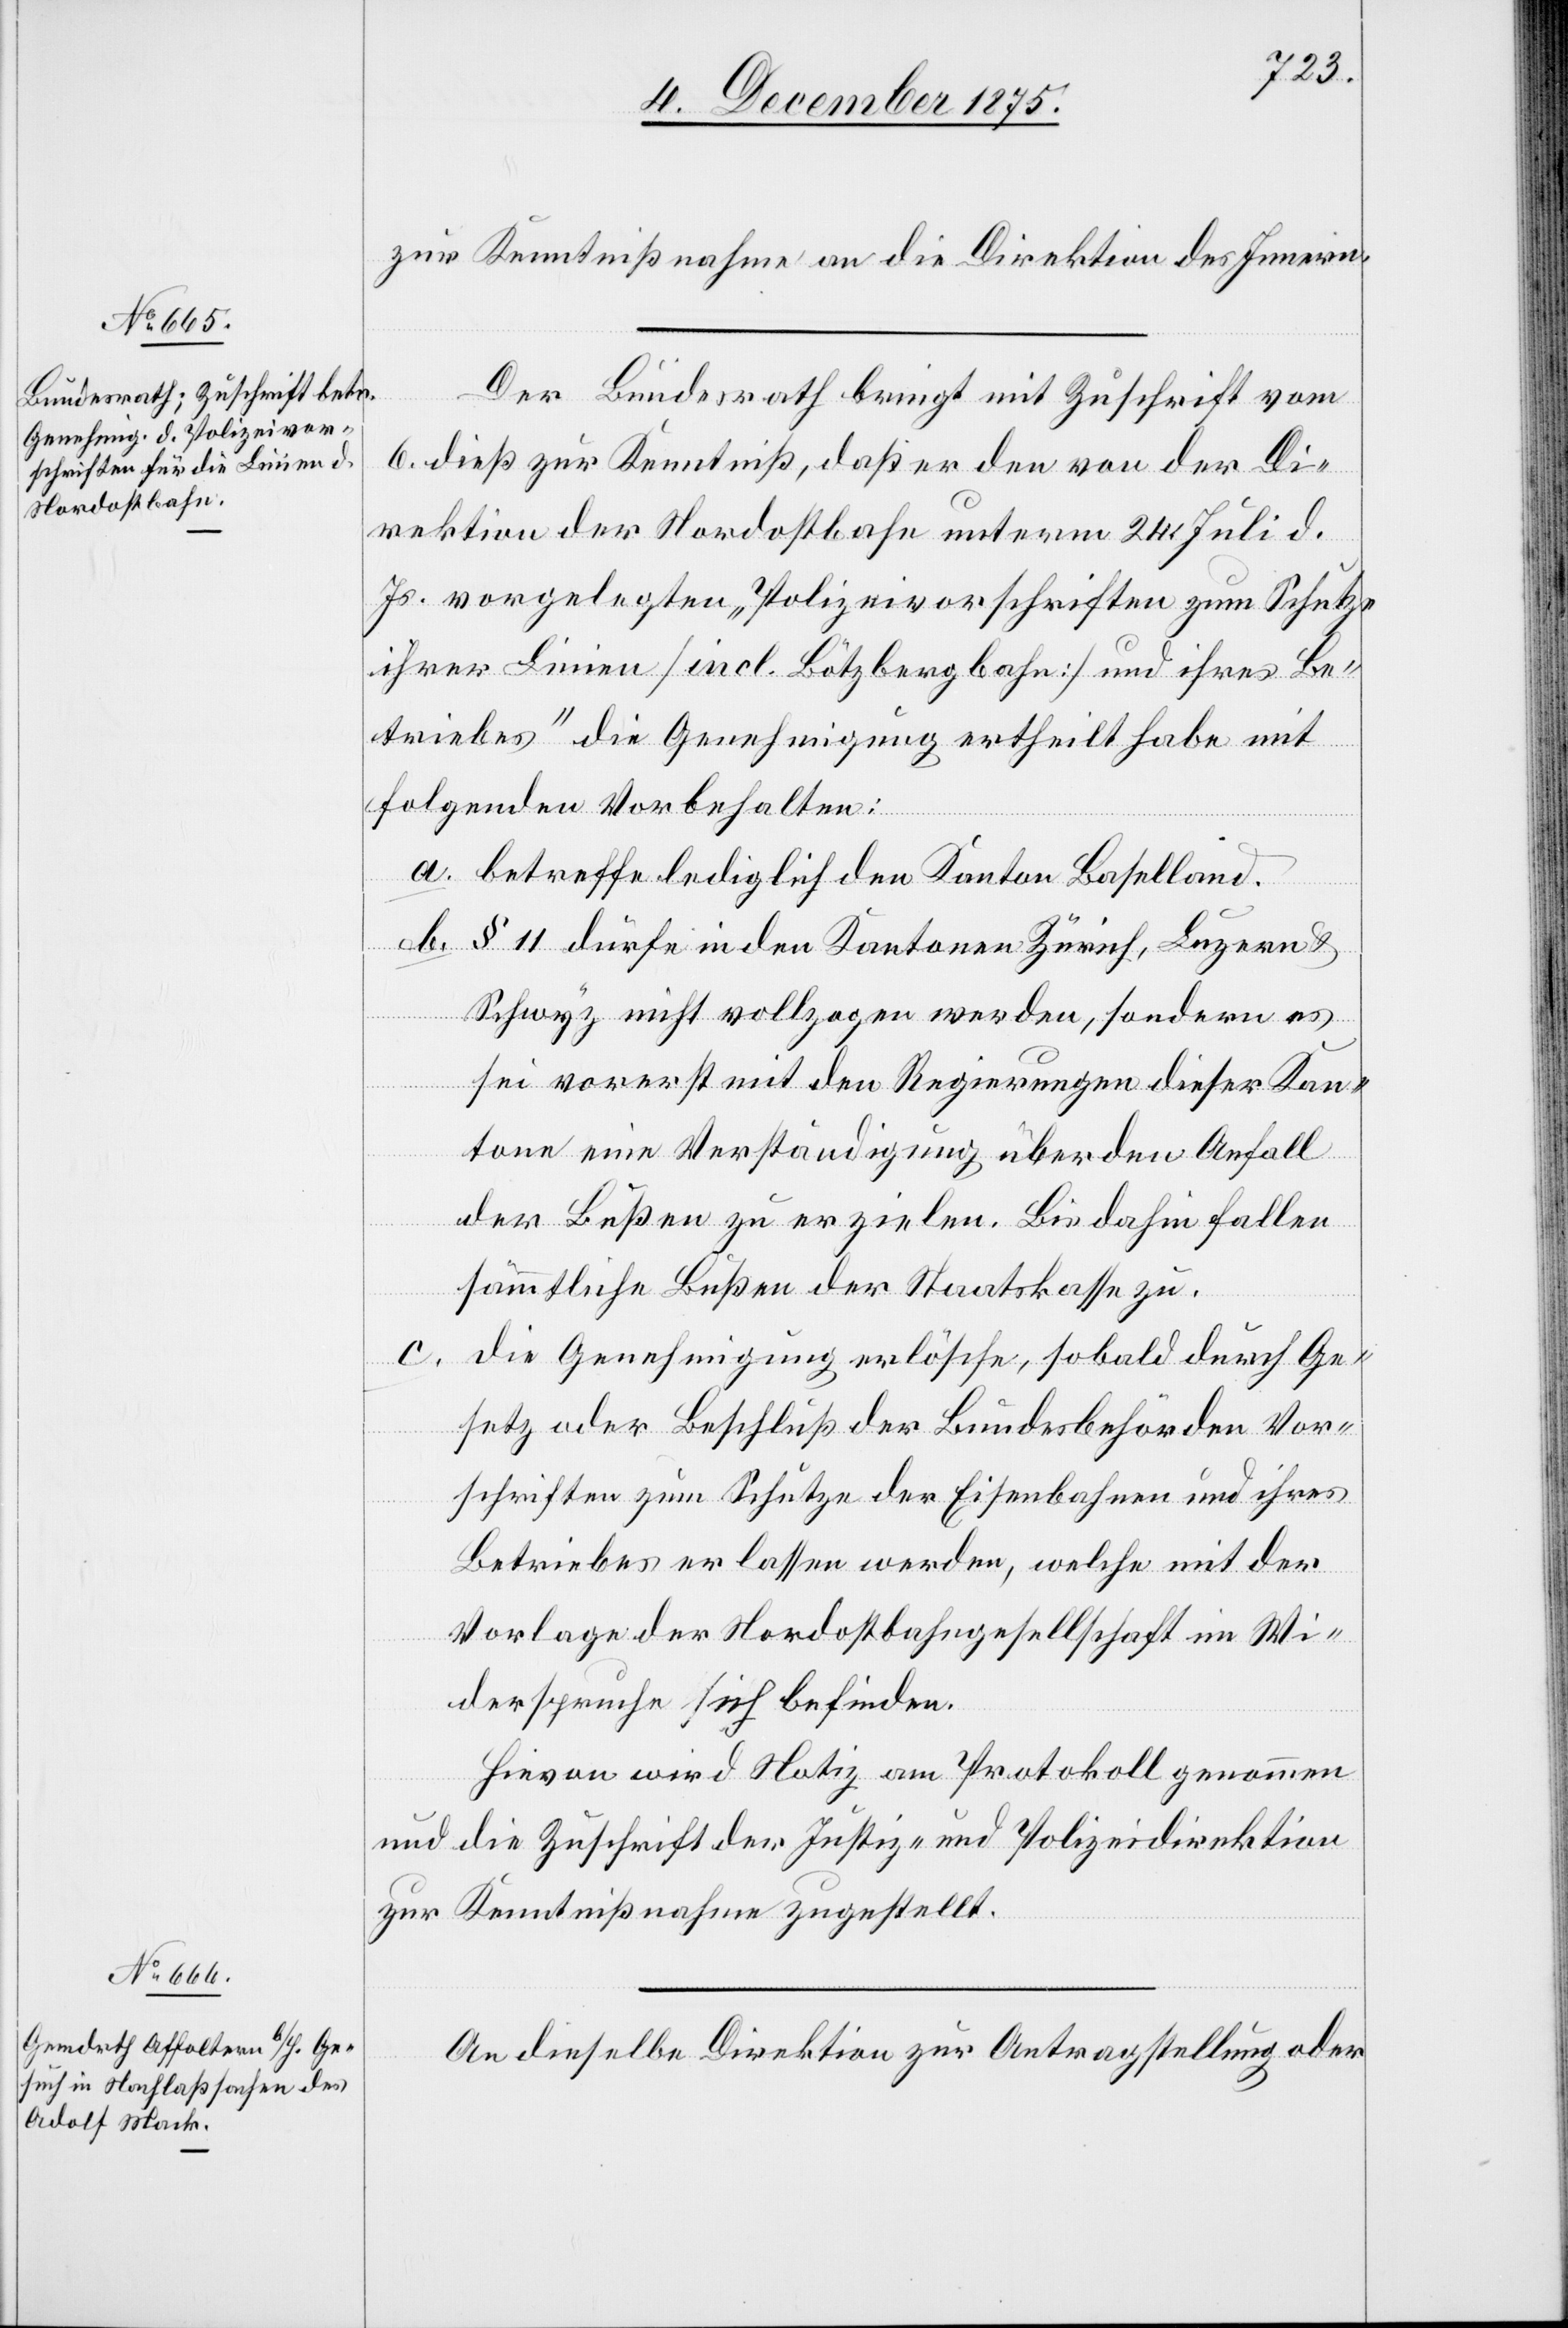
8. December 1875.]
zur Kenntnißnahme an die Direktion des Innern.
Der Bundesrath bringt mit Zuschrift vom
6. dieß zur Kenntniß, daß er den von der Di¬
rektion der Nordostbahn unterm 24. Juli d.
Js. vorgelegten „Polizeivorschriften zum Schutze
ihrer Linien [incl. Bötzbergbahn] und ihres Be¬
triebes“ die Genehmigung ertheilt habe mit
folgenden Vorbehalten:
a. betreffe lediglich den Kanton Baselland.
b. § 11 dürfe in den Kantonen Zürich, Luzern &
Schwyz nicht vollzogen werden, sondern es
sei vorerst mit den Regierungen dieser Kan¬
tone eine Verständigung über den Anfall
der Bußen zu erzielen. Bis dahin fallen
sämmtliche Bußen der Staatskanzlei zu.
c.
die Genehmigung erlösche, sobald durch Ge¬
setz oder Beschluß der Bundesbehörden Vor¬
schriften zum Schutze der Eisenbahnen und ihres
Betriebes erlassen werden, welche mit der
Vorlage der Nordostbahngesellschaft im Wi¬
derspruche sich befinden.
Hievon wird Notiz am Protokoll genommen
und die Zuschrift der Justiz- und Polizeidirektion
zur Kenntnißnahme zugestellt
An dieselbe Direktion zur Antragstellung oder